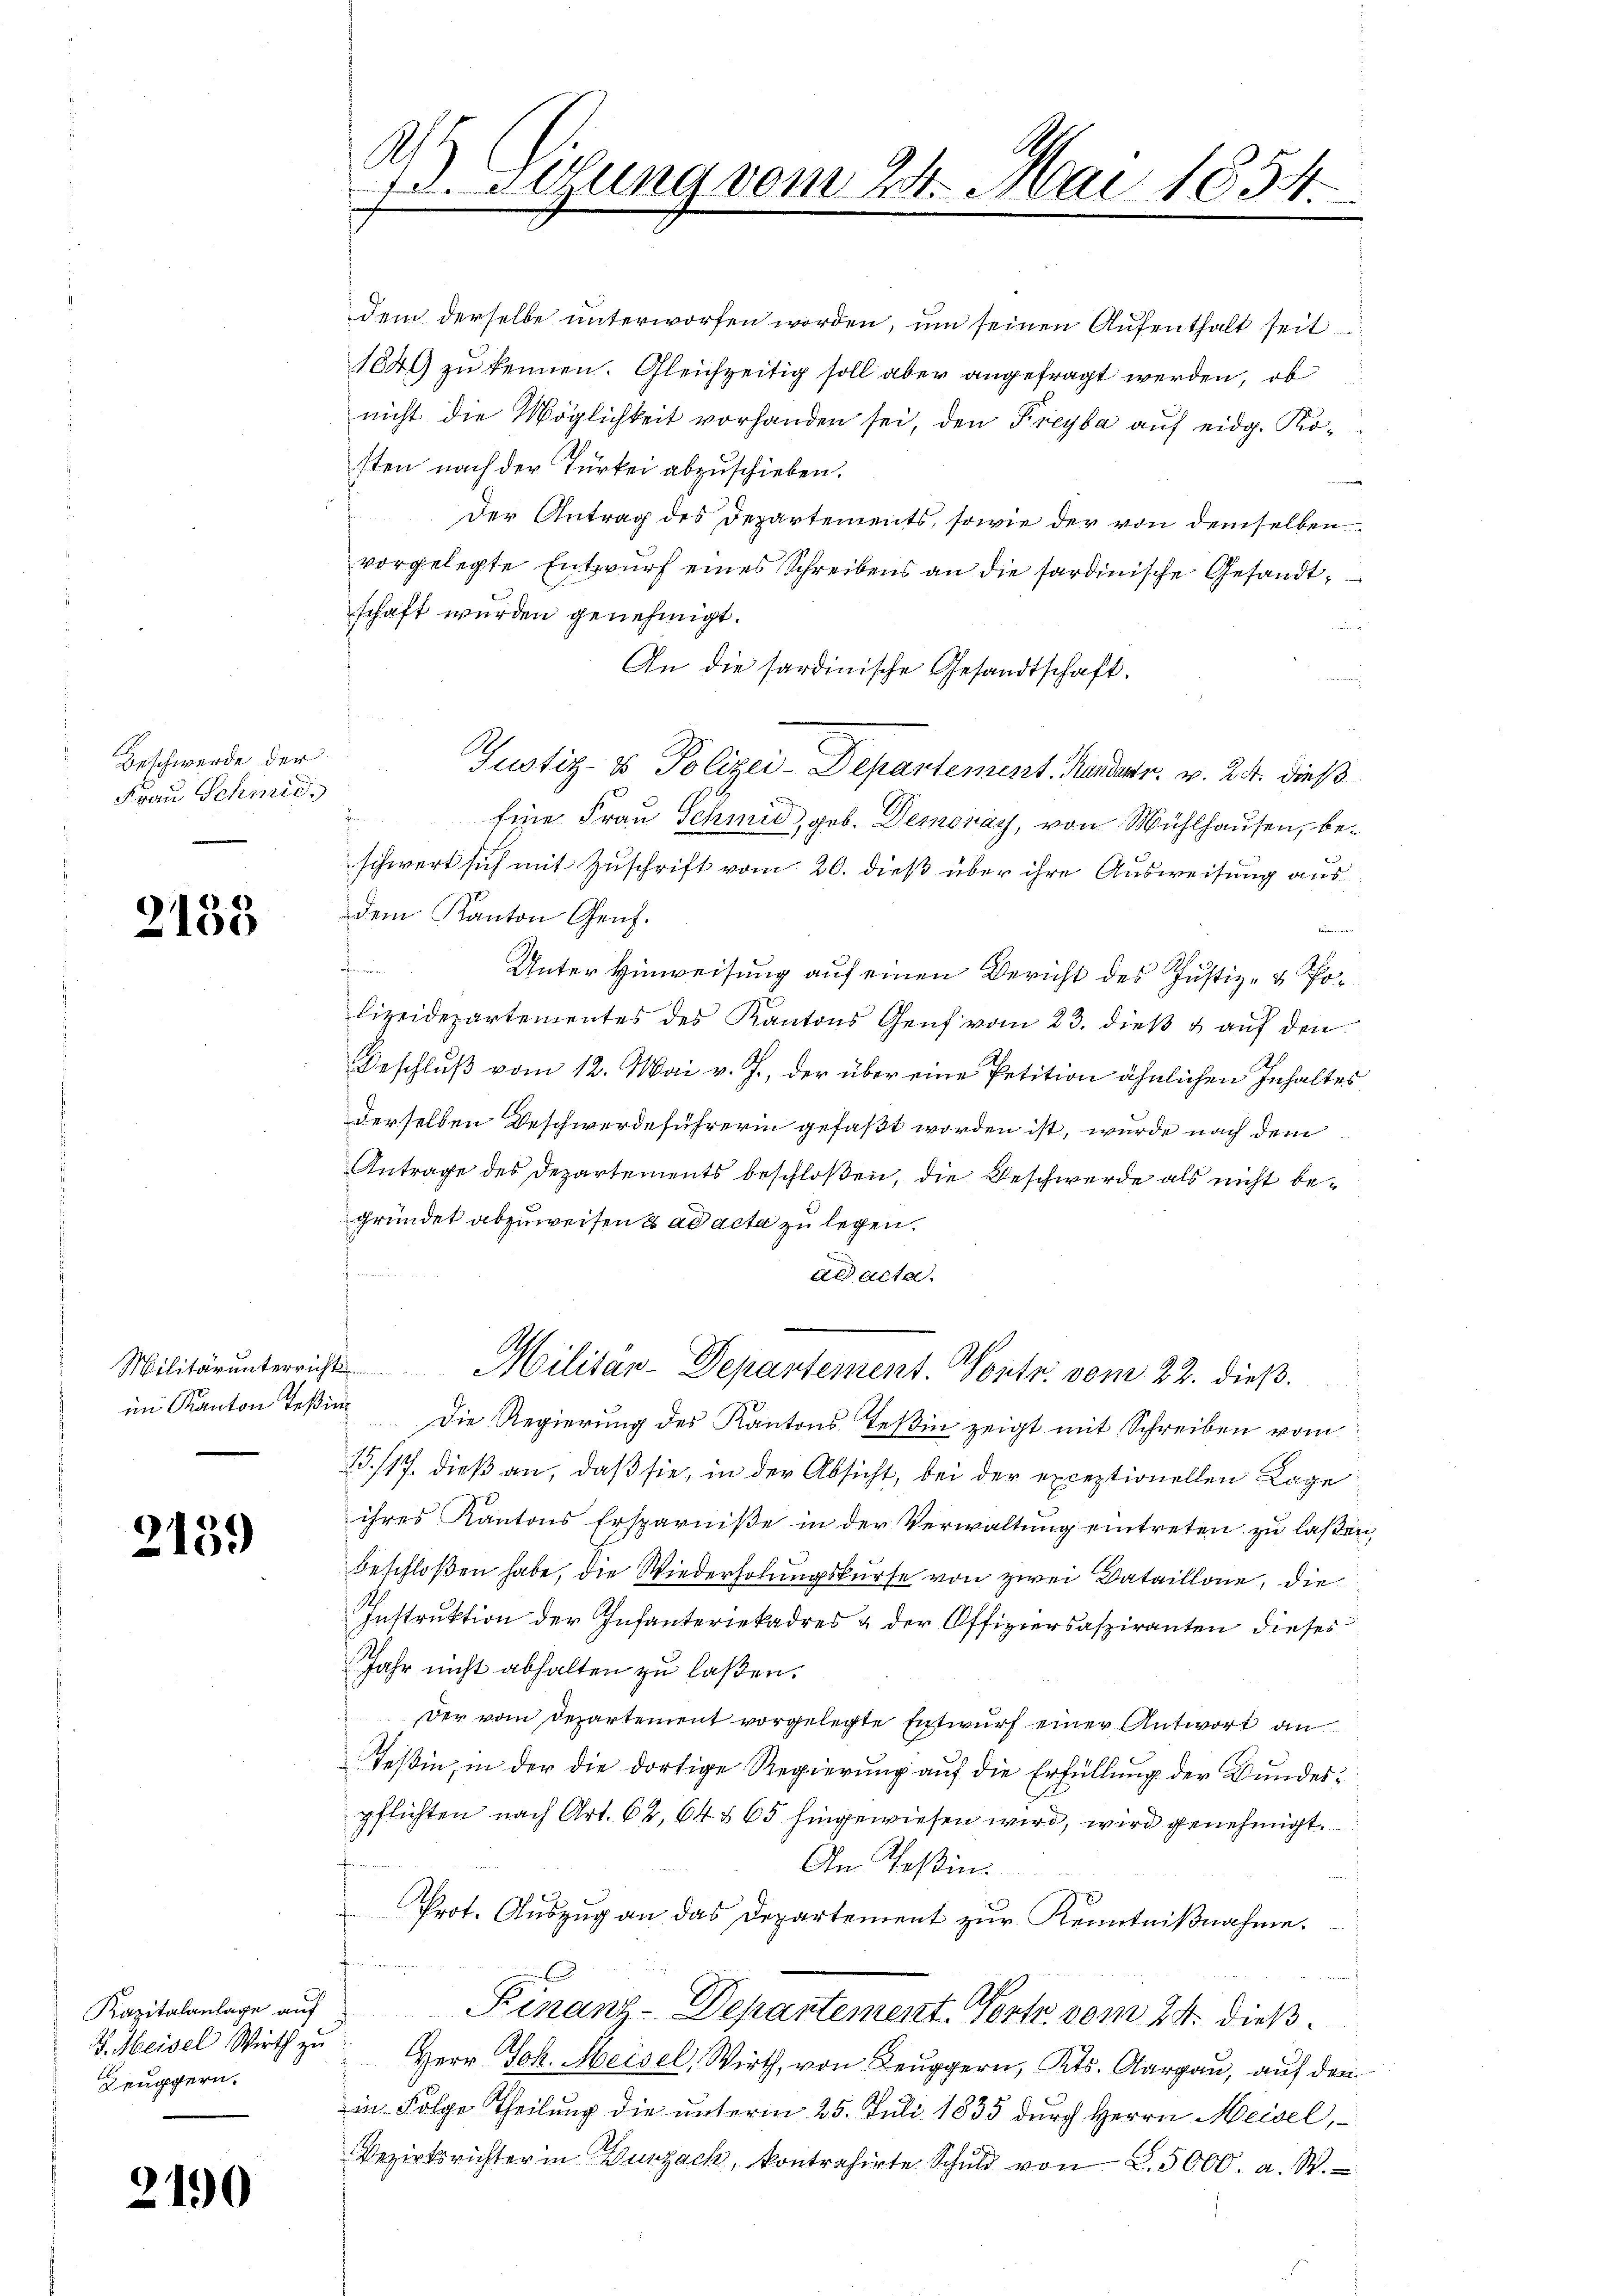
Beschwerde der
Frau Schmid.

2138

2139

Kapitalanlage auf
Beuggern.

2190

dem derselbe unterworfen worden, um seinen Aufenthalt seit
1649 zu kennen. Gleichzeitig soll aber angefragt werden, ob
nicht die Möglichkeit vorhanden sei, den Freyba auf eidg. Kosten nach der Türkei abzuschieben.
der Antrag des Departements, sowie der von demselben
vorgelegte Entwurf eines Schreibens an die sardinische Gesandtschaft wurden genehmigt.
An die sardinische Gesandtschaft.
Justiz- & Polizei-Departement. Handen, v. 24. dieß
z
Eine Frau Schmid, geb. Demonay, von Mühlhausen, beschwert sich mit Zuschrift vom 20. dieß über ihre Ausweisung aus
dem Kanton Genf.
r
a
Unter Hinweisung auf einen Bericht des Justiz- & Polizeidepartementes des Kantons Genf vom 23. dieß & auf den
Beschluß vom 12. Mai v. J., der über eine Petition ähnlichen Inhaltes
derselben Beschwerdeführerin gefaßt worden ist, wurde nach dem
Antrage des Departements beschloßen, die Beschwerde als nicht begründet abzuweisen & ad acta zu legen.
ad acta.
Militärŭnterricht Militar-Depantement. Pont. vom 22. dieß.
im Kanton Teßin Die Regierung des Kantons Teßin zeigt mit Schreiben vom
15/17. dieß an, daß sie, in der Absicht, bei der exceptionellen Lage
ihres Kantons Ersparniße in der Verwaltŭng eintreten zu laßen,
beschloßen habe, die Wiederholungskurse von zwei Bataillone, die
Instruktion der Infanteriekadres & der Offiziersaspiranten dieses
Jahr nicht abhalten zu laßen.
Der vom Departement vorgelegte Entwurf einer Antwort an
Teßin, in der die dortige Regierung auf die Erfüllung der Bundespflichten nach Art. 62, 64 § 65 hingewiesen wird, wird genehmigt
An Teßin.
Prot. Auszug an das Departement zur Kenntnißnahme.
Finanz-Depantement. Porte vom 24. dieß
J. Meisel Wirth zŭ Herr Joh. Meisel, Wirth, von Leŭggern, Kts. Aargaŭ, aŭf den
in Folge Theilung die unterm 25. Juli 1835 durch Herrn Meisel,
Bezirksrichter in Wurzach, kontrahirte Schuld von L. 5000. a. W.

A
fr. Altung vom 24. Mai 1854.